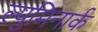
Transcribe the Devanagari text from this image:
ल्युमिनार्क